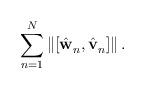
LaTeX: \begin{align*}\sum^{N}_{n=1}\left\|[\hat{\mathbf{w}}^{}_n,\hat{\mathbf{v}}^{}_n]\right\|.\end{align*}